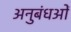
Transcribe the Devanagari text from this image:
अनुबंधओं